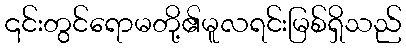
၎င်းတွင်ရောမတို့၏မူလရင်းမြစ်ရှိသည်